Document type: Inventory
Year: 1295
Scribe: Pere Marc
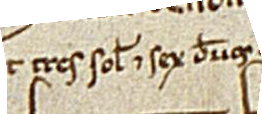
et tres solidos et sex denarios